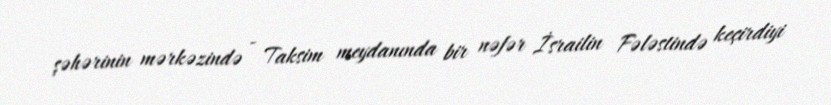
şəhərinin mərkəzində - Taksim meydanında bir nəfər İsrailin Fələstində keçirdiyi